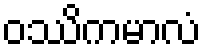
ဝဿိကမာလံ